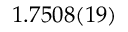
1 . 7 5 0 8 ( 1 9 )